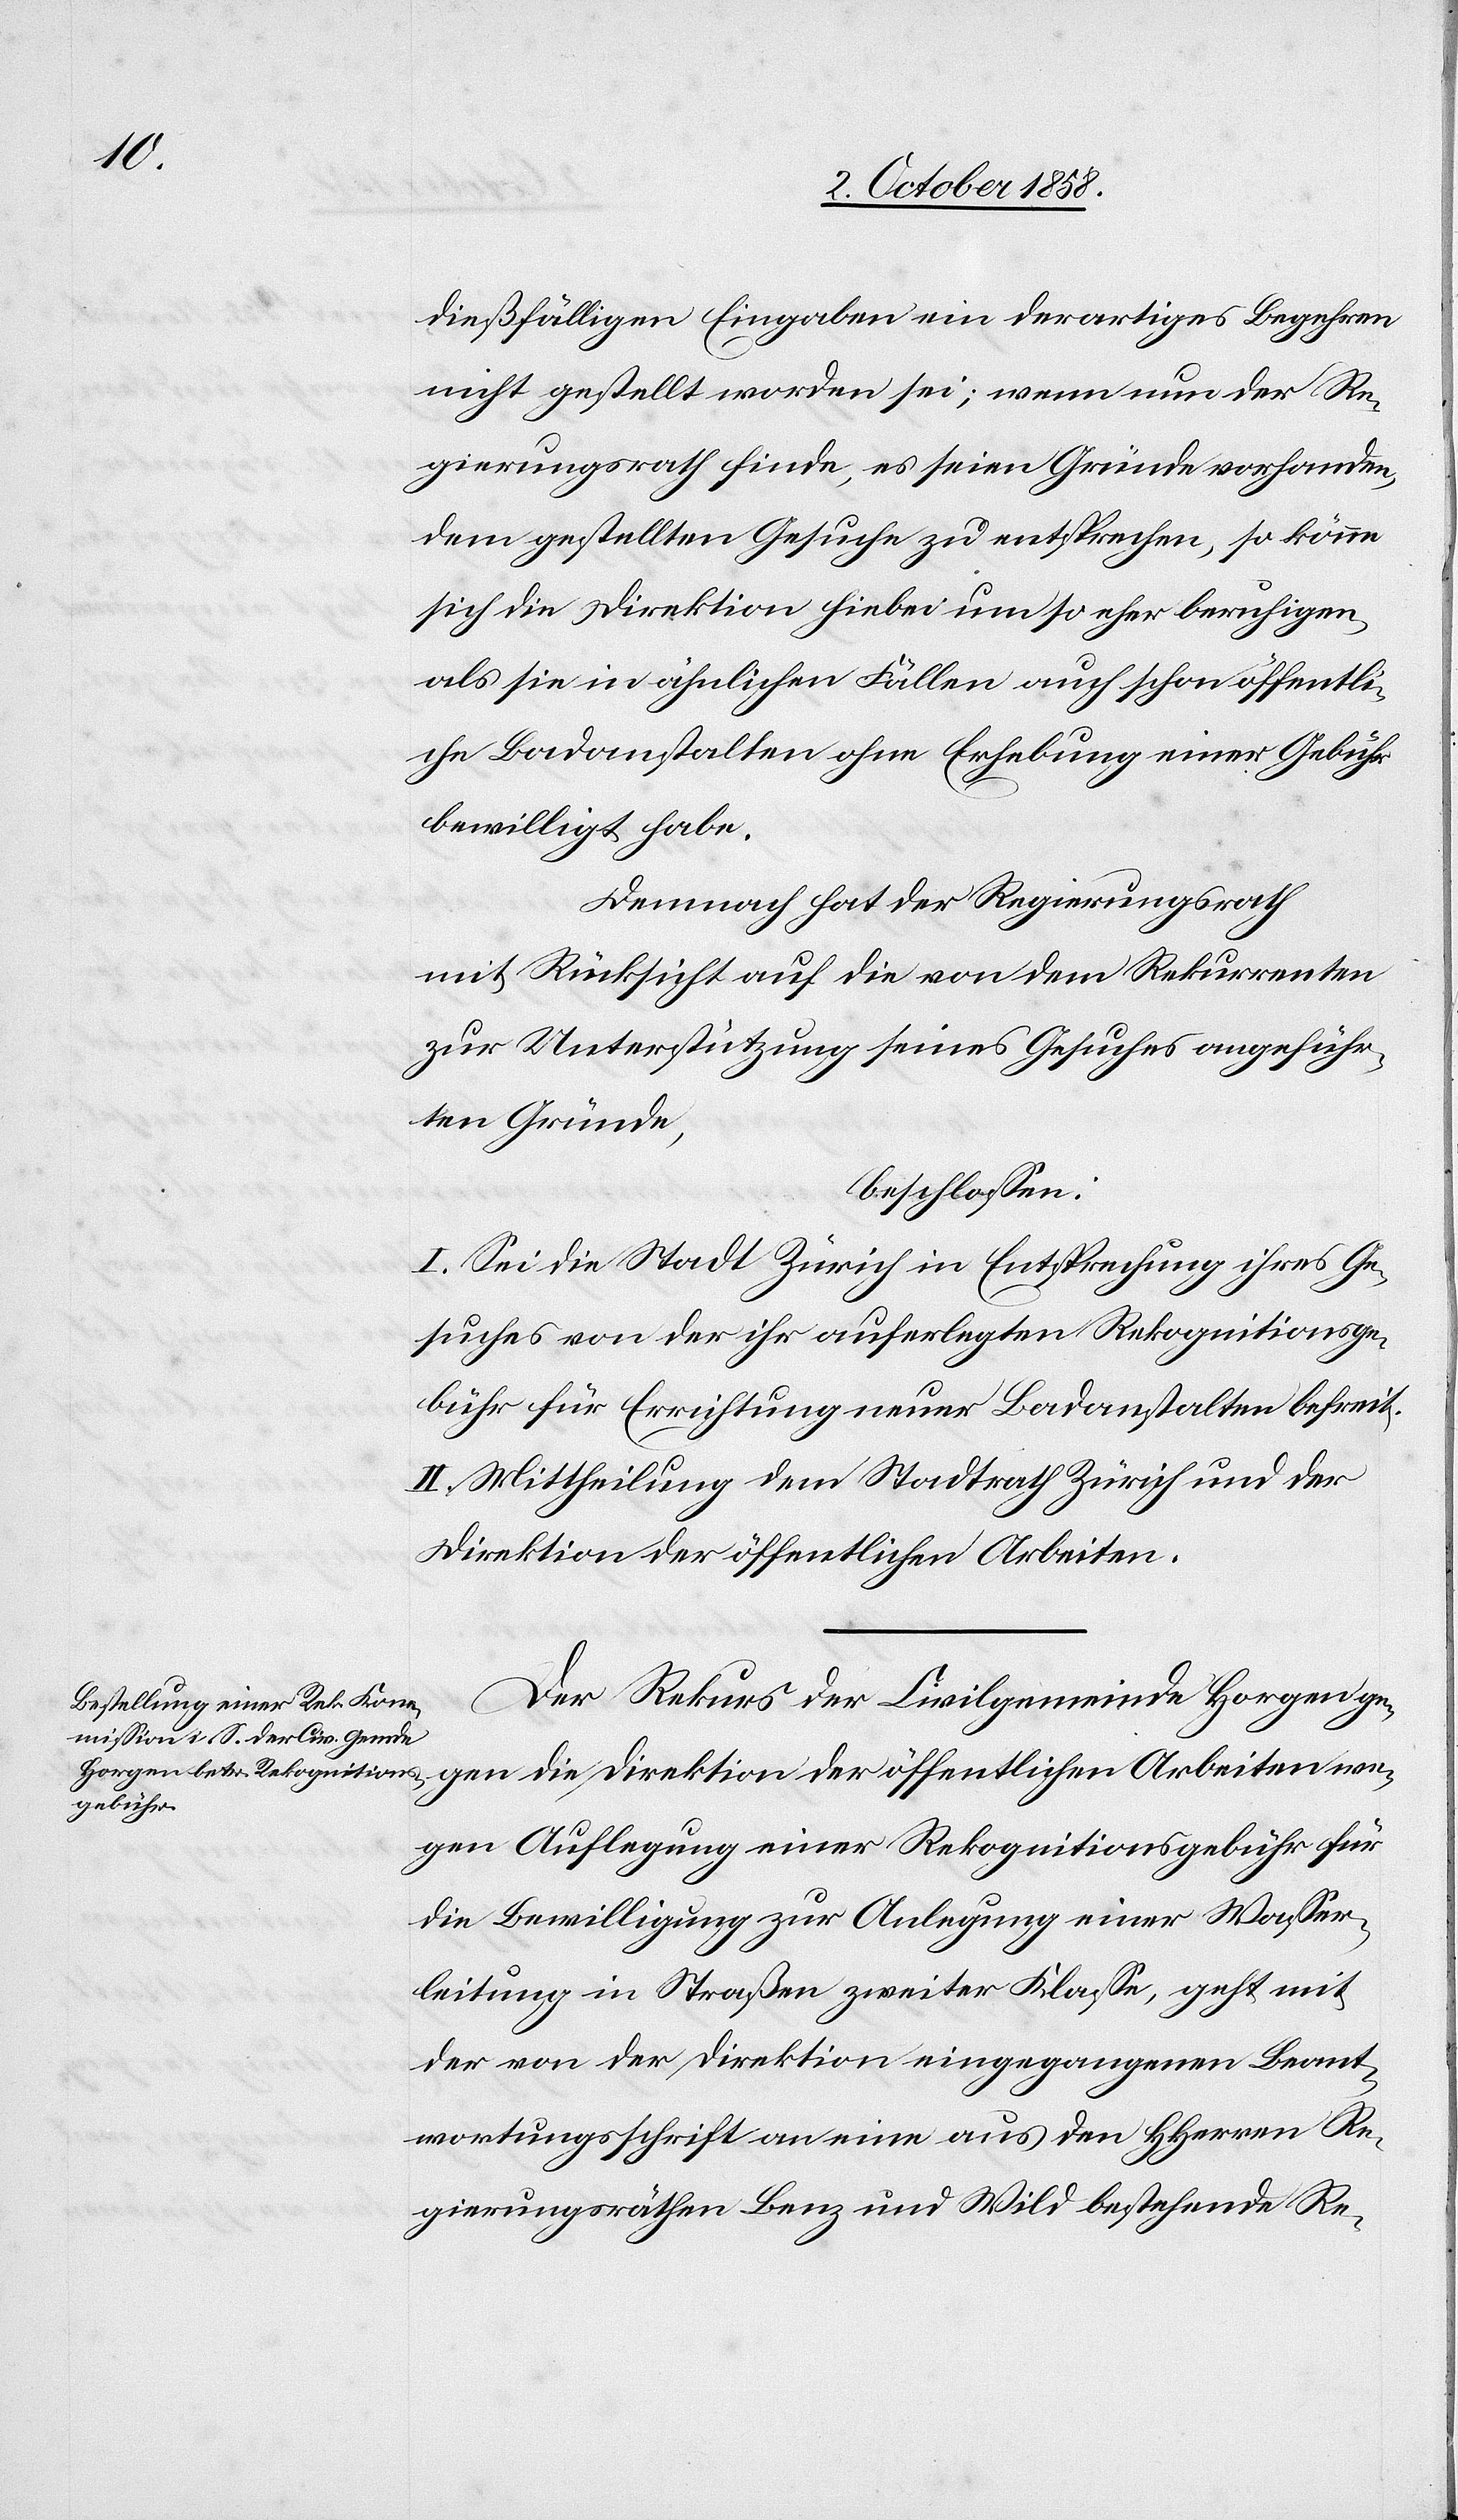
dießfälligen Eingaben ein derartiges Begehren
nicht gestellt worden sei; wenn nun der Re¬
gierungsrath finde, es seien Gründe vorhanden,
dem gestellten Gesuche zu entsprechen, so könne
sich die Direktion hiebei um so eher beruhigen,
als sie in ähnlichen Fällen auch schon öffentli¬
che Badanstalten ohne Erhebung einer Gebühr
bewilligt habe.
Demnach hat der Regierungsrath
mit Rücksicht auf die von dem Rekurrenten
zur Unterstützung seines Gesuches angeführ¬
ten Gründe,
beschlossen:
I. Sei die Stadt Zürich in Entsprechung ihres Ge¬
suches von der ihr auferlegten Rekognitionsge¬
bühr für Errichtung neuer Badanstalten befreit.
II. Mittheilung dem Stadtrath Zürich und der
Direktion der öffentlichen Arbeiten.
Der Rekurs der Civilgemeinde Horgen ge¬
gen die Direktion der öffentlichen Arbeiten we¬
gen Auflegung einer Rekognitionsgebühr für
die Bewilligung zur Anlegung einer Wasser¬
leitung in Straßen zweiter Klasse, geht mit
der von der Direktion eingegangenen Beant¬
wortungsschrift an eine aus den HHerren Re¬
gierungsräthen Benz und Wild bestehende Re-